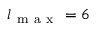
l _ { \mathrm { ~ m ~ a ~ x ~ } } = 6